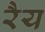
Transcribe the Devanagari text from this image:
रैय